Bombay plague: being a history of the progress of plague in the Bombay presidency from September 1896 to June 1899
Year: 1896
Disease focus: Plague
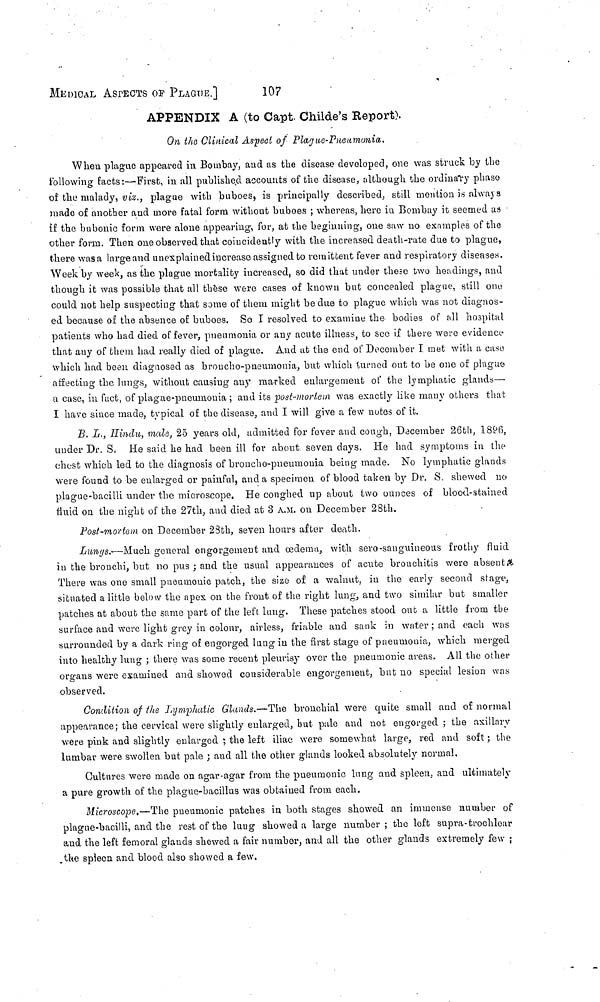
MEDICAL ASPECTS OF PLAGuΕ.]
107
APPENDIX A (to Capt. Childe's Report).
On the Clinical Aspect of Plague-Pneumonia.
When plague appeared in Bombay, and as the disease developed, one was struck by the
following facts:—First, in all published accounts of the disease, although the ordinary phase
of the malady, viz., plague with buboes, is principally described, still mention is always
made of another and more fatal form without buboes ; whereas, here in Bombay it seemed as
if the bubonic form were alone appearing, for, at the beginning, one saw no examples of the
other form. Then one observed that coincidently with the increased, death-rate due to plague,
there was a large and unexplained increase assigned to remittent fever and respiratory diseases.
Week by week, as the plague mortality increased, so did that under these two headings, and
though it was possible that all these were cases of known but concealed plague, still one
could not help suspecting that some of them might be due to plague which was not diagnos-
ed because of the absence of buboes. So I resolved to examine the bodies of all hospital
patients who had died of fever, pneumonia, or any acute illness, to see if there were evidence
that any of them had really died of plague. And at the end of December I met with a case
which had been diagnosed as broncho-pneumonia, but which turned out to be one of plague
affecting the lungs, without causing any marked enlargement of the lymphatic glands—
α case, in fact, of plague-pneumonia ; and its post-mortem was exactly like many others that
I have since made, typical of the disease, and I will give a few notes of it.
B. L., Hindu, male, 25 years old, admitted for fever and cough, December 26th, 1896,
under Dr. S. He said he had been ill for about seven days. He had symptoms in the
chest which led to the diagnosis of broncho-pneumonia being made. No lymphatic glands
were found to be enlarged or painful, and a specimen of blood taken by Dr. S. shewed no
plague-bacilli under the microscope. He coughed up about two ounces of blood-stained
fluid on the night of the 27th, and died at 3 A.M. on December 28th.
Post-mortem on December 28th, seven hours after death.
Lungs.·—Much general engorgement and oedema, with sero-sanguineous frothy fluid
in the bronchi, but no pus ; and the usual appearances of acute bronchitis were absent a
There was one small pneumonic patch, the size of a walnut, in the early second stage,
situated a little below the apex on the front of the right lung, and two similar but smaller
patches at about the same part of the left lung. These patches stood out a little from the
surface and were light grey in colour, airless, friable and sank in water ; and each was
surrounded by a dark ring of engorged lung in the first stage of pneumonia, which merged
into healthy lung ; there was some recent pleurisy over the pneumonic areas. All the other
organs were examined and showed considerable engorgement, but no special lesion was
observed.
Condition of the Lymphatic Glands.—The bronchial were quite small and of normal
appearance; the cervical were slightly enlarged, but palo and not engorged ; the axillary
were pink and slightly enlarged ; the left iliac were somewhat large, red and soft ; the
lumbar were swollen but pale ; and all the other glands looked absolutely normal.
Cultures were made on agar-agar from the pneumonic lung and spleen, and ultimately
a pure growth of the plague-bacillus was obtained from each.
Microscope.—The pneumonic patches in both stages showed an immense number of
plague-bacilli, and the rest of the lung showed a large number ; the left supra-trochlear
and the left femoral glands shewed a fair number, and all the other glands extremely few ;
the spleen and blood also showed a few.